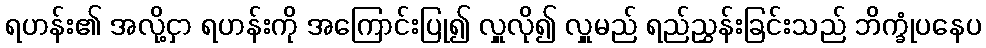
ရဟန်း၏ အလို့ငှာ ရဟန်းကို အကြောင်းပြု၍ လှူလို၍ လှူမည် ရည်ညွှန်းခြင်းသည် ဘိက္ခုံပနေပ